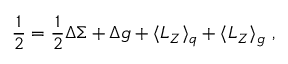
\frac { 1 } { 2 } = \frac { 1 } { 2 } \Delta \Sigma + \Delta g + \langle L _ { Z } \rangle _ { q } + \langle L _ { Z } \rangle _ { g } ~ ,